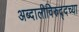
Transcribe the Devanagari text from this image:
अब्दालीविरुद्दच्या